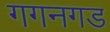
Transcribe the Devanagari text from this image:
गगनगड